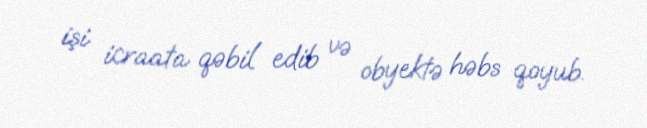
işi icraata qəbil edib və obyektə həbs qoyub.